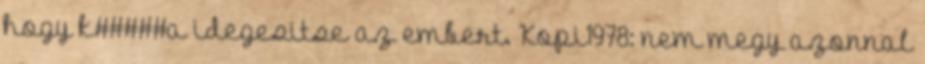
hogy k#####a idegesitse az embert. Kopi1978: nem megy azonnal